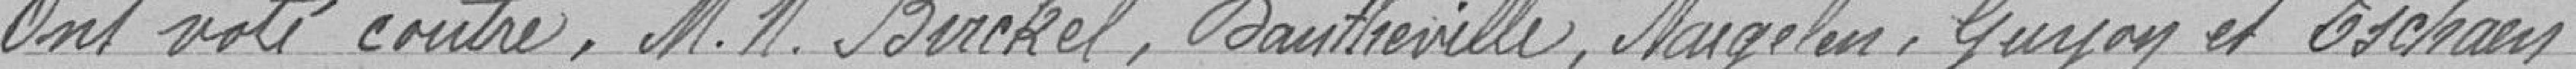
Ont voté contre : MM. Birckel, Dautheville, Naegelen, Guyon et Ischan